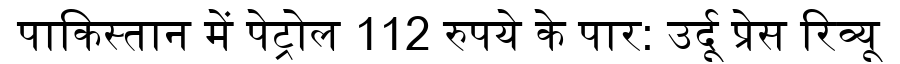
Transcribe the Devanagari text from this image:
पाकिस्तान में पेट्रोल 112 रुपये के पार: उर्दू प्रेस रिव्यू